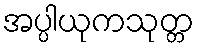
အပ္ပါယုကသုတ္တ